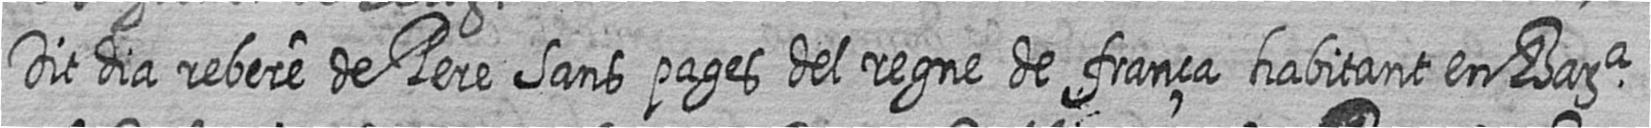
Dit dia rebere de Pere Sans pages del regne de frança habitant en Bara